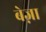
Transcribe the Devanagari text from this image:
बेज़ा